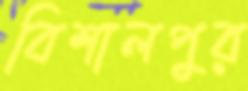
বিশালপুর